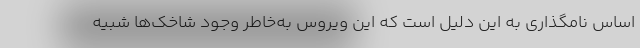
اساس نامگذاری به این دلیل است که این ویروس به‌خاطر وجود شاخک‌ها شبیه